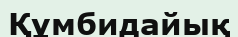
Құмбидайық